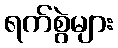
ရက်စွဲများ